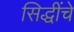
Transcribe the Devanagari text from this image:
सिद्धींचे